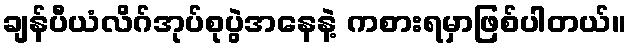
ချန်ပီယံလိဂ်အုပ်စုပွဲအနေနဲ့ ကစားရမှာဖြစ်ပါတယ်။